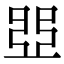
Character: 𠁁